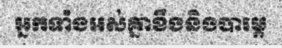
អ្នកទាំងអស់គ្នាខឹងនិងបារម្ភ